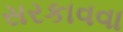
સરકાવવા